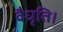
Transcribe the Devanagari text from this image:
वैधृति।